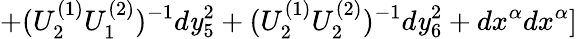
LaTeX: +(U_{2}^{(1)}U_{1}^{(2)})^{-1}d\mathit{y}_{5}^{2}+(U_{2}^{(1)}U_{2}^{(2)})^{-1}d\mathit{y}_{6}^{2}+dx^{\alpha}dx^{\alpha}]